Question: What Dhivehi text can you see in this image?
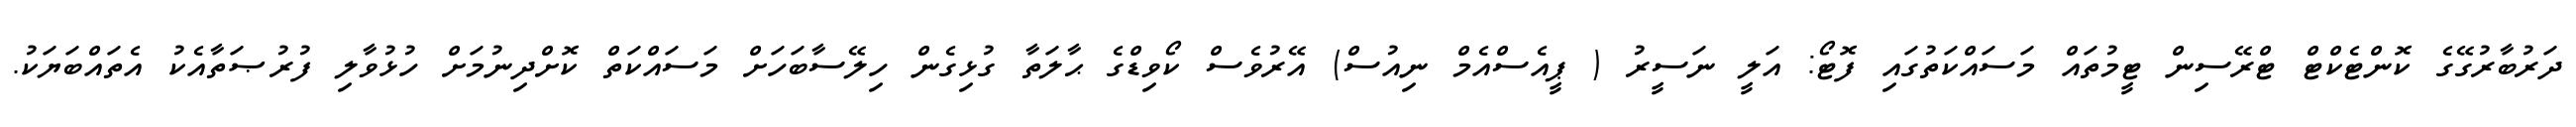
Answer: ދަރުބާރުގޭގެ ކޮންޓެކްޓް ޓްރޭސިން ޓީމުތައް މަސައްކަތުގައި ފޮޓޯ: އަލީ ނަސީރު ( ޕީއެސްއެމް ނިއުސް) އޭރުވެސް ކޯވިޑްގެ ޙާލަތާ ގުޅިގެން ހިލޭސާބަހަށް މަސައްކަތް ކޮށްދިނުމަށް ހުޅުވާލި ފުރުޞަތާއެކު އެތައްބަޔަކު.